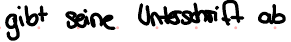
gibt seine Unterschrift ab